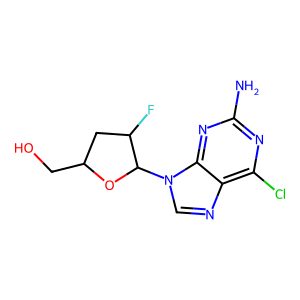
SMILES: Nc1nc(Cl)c2ncn(C3OC(CO)CC3F)c2n1
Inhibits HIV replication: No